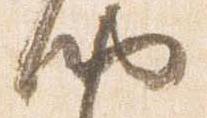
納